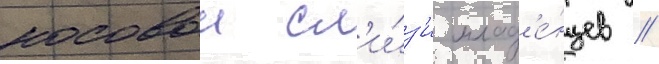
носовои сл'и́з'и млад'е́нцев //